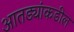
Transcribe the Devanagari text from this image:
आतड्यांकडील